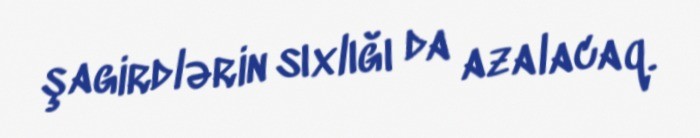
şagirdlərin sıxlığı da azalacaq.